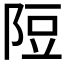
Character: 𨹜